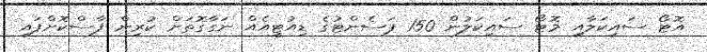
އޮޓޯ ސައިކަލާއި މޮޓޯ ސައިކަލުން 150 ޕަސެންޓުގެ ޑިއުޓީއެއް ނަގާގޮތަށް ކުރިން ފާސްކޮށްފައި